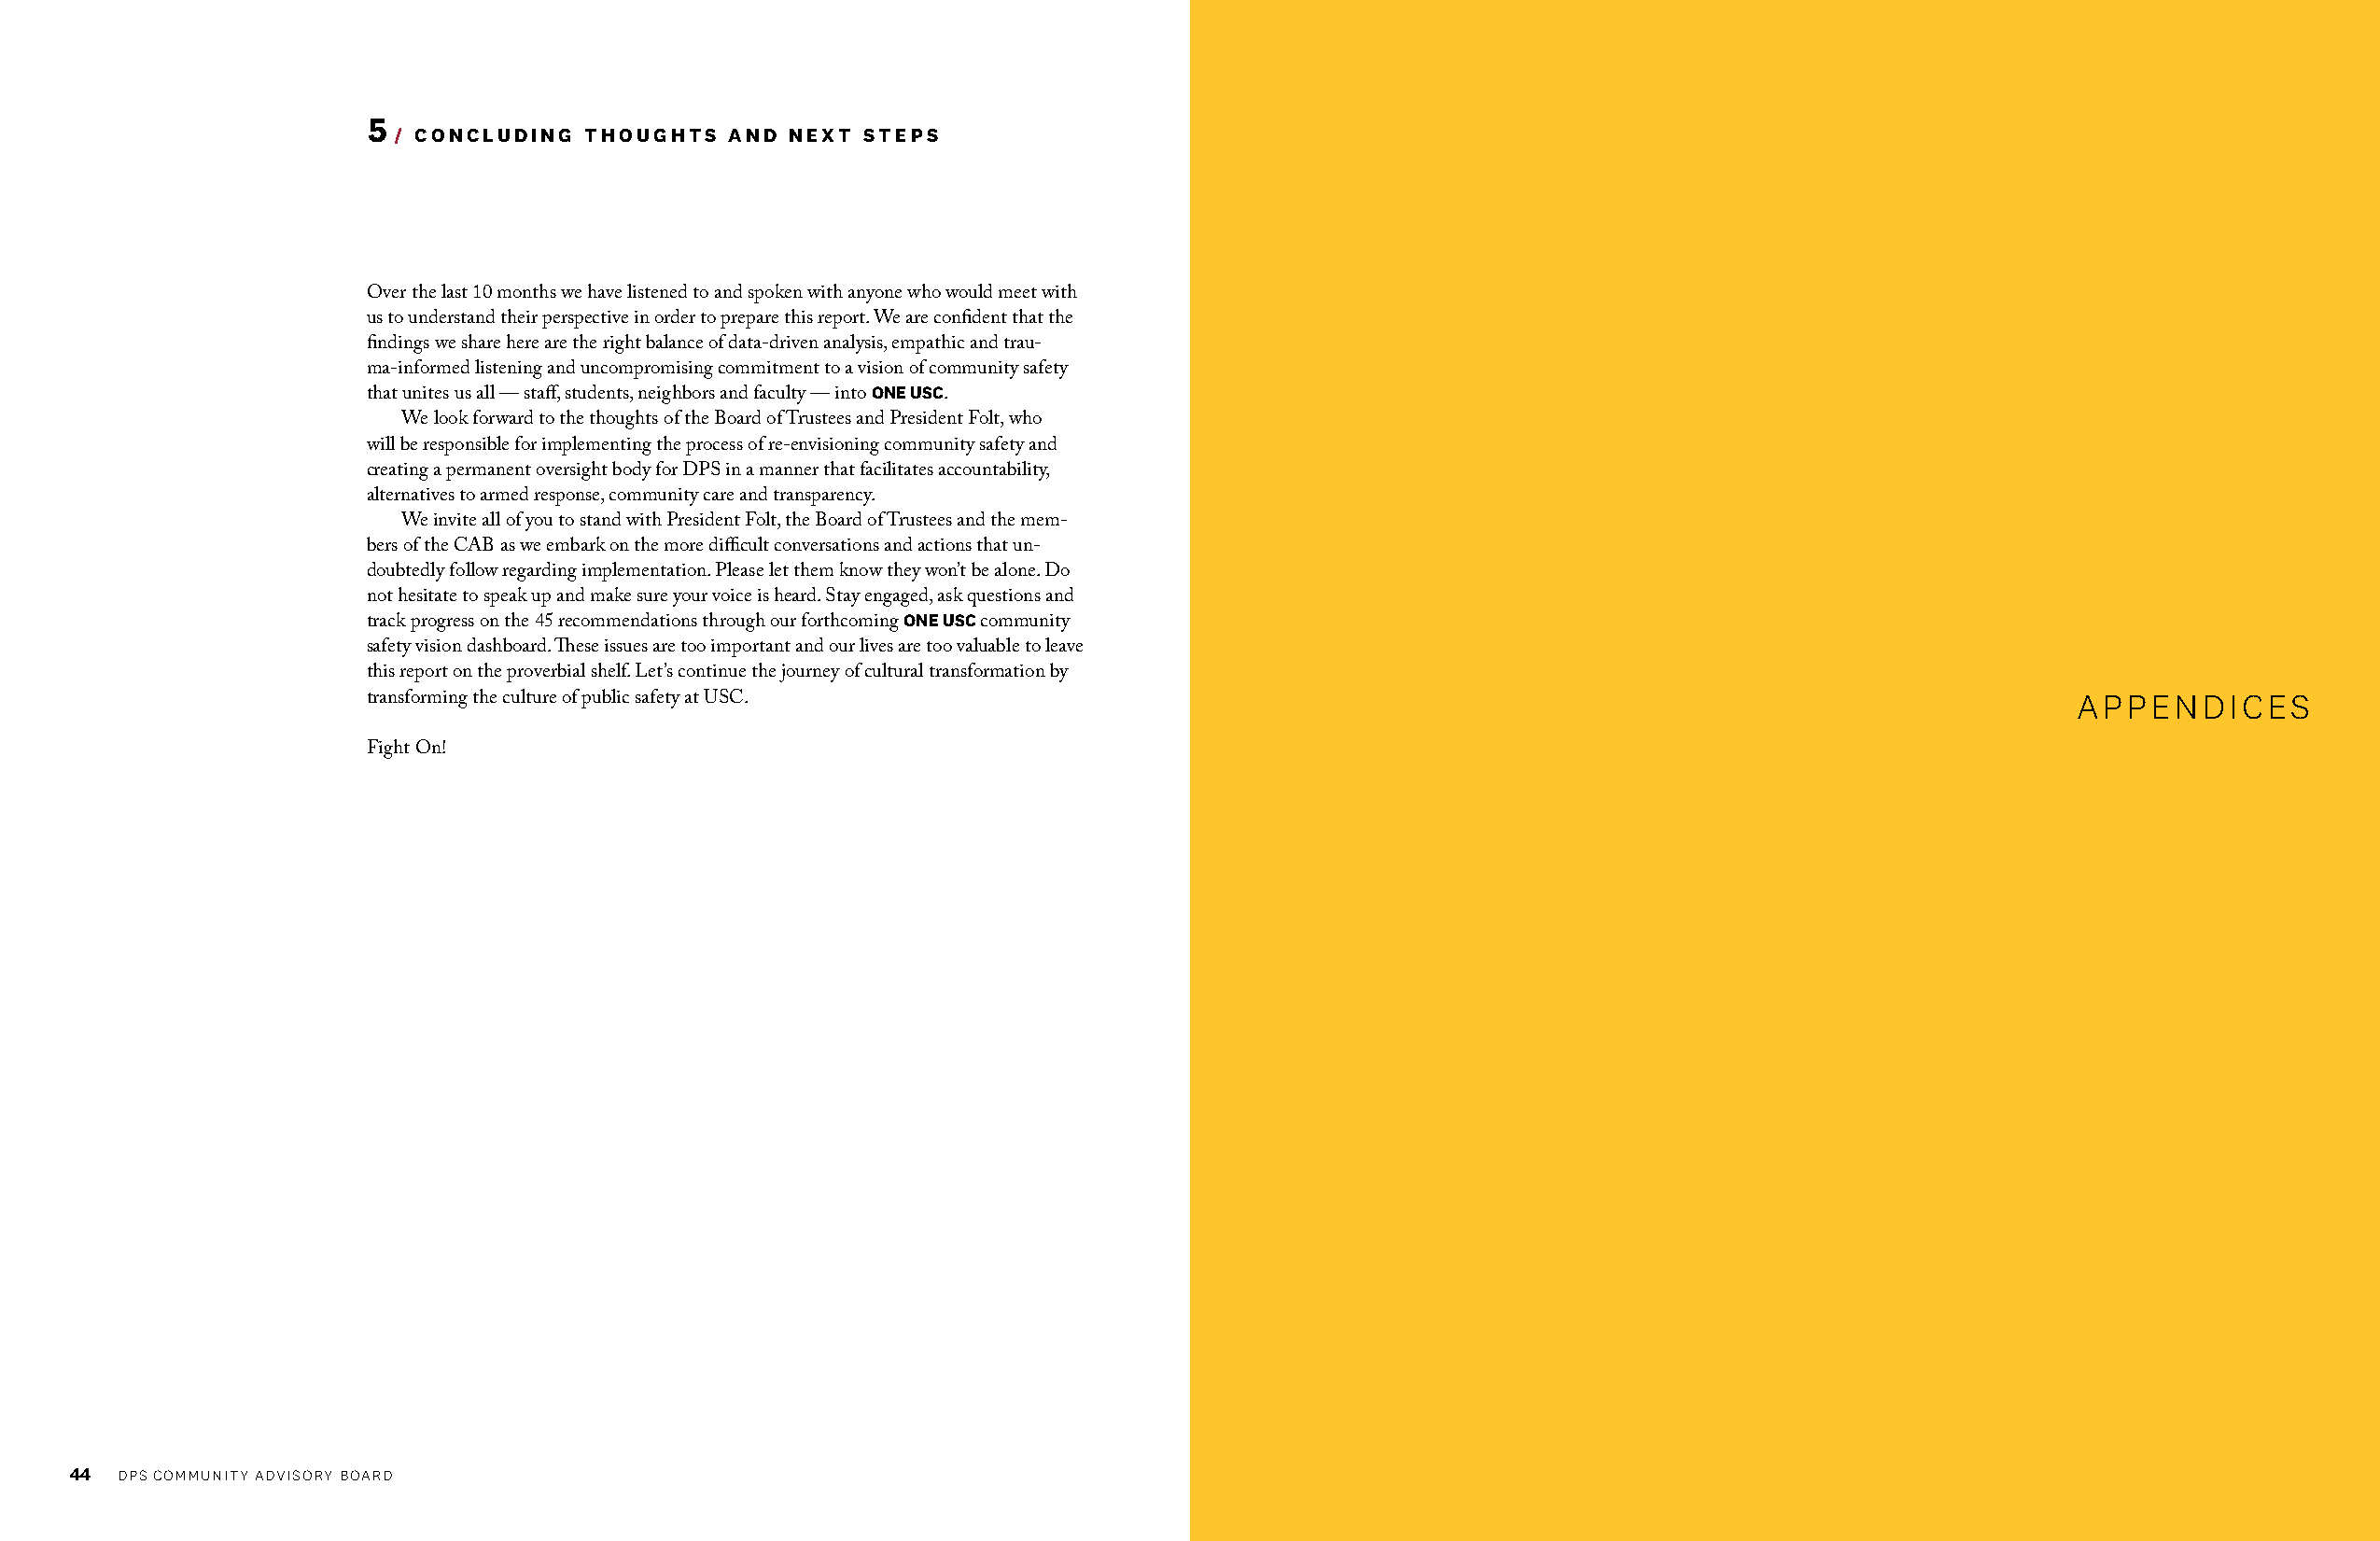
5
 / CONCLUDING THOUGHTS   AND NEXT STEPS
 Over the last 10 months we have listened to and spoken with anyone who would meet with
 us to understand their perspective in order to prepare this report. We are confident that the
 findings we share here are the right balance of data-driven analysis, empathic and trau-
 ma-informed listening and uncompromising commitment to a vision of community safety
 ONE USC
 that unites us all — staff, students, neighbors and faculty — into .
 We look forward to the thoughts of the Board of Trustees and President Folt, who
 will be responsible for implementing the process of re-envisioning community safety and
 creating a permanent oversight body for DPS in a manner that facilitates accountability,
 alternatives to armed response, community care and transparency.
 We invite all of you to stand with President Folt, the Board of Trustees and the mem-
 bers of the CAB as we embark on the more difficult conversations and actions that un-
 doubtedly follow regarding implementation. Please let them know they won’t be alone. Do
 not hesitate to speak up and make sure your voice is heard. Stay engaged, ask questions and
 ONE USC
 track progress on the 45 recommendations through our forthcoming community
 safety vision dashboard. These issues are too important and our lives are too valuable to leave
 this report on the proverbial shelf. Let’s continue the journey of cultural transformation by
 transforming the culture of public safety at USC.                                                                        APPENDICES
 Fight On!
 44 DPS COMMUNITY ADVISORY BOARD                                                                                                         DPS COMMUNITY ADVISORY BOARD 45